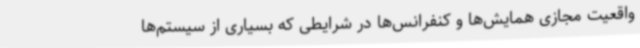
واقعیت مجازی همایش‌ها و کنفرانس‌ها در شرایطی که بسیاری از سیستم‌ها